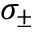
\sigma _ { \pm }